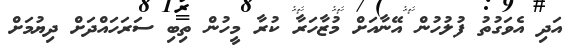
އަދި އެވަގުތު ފުލުހުން އޭނާއަށް މުޒާހަރާ ކުރާ މީހުން ތިބި ސަރަހައްދަށް ދިޔުމަށް